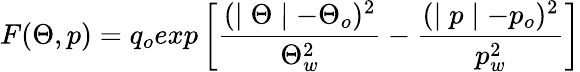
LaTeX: F(\Theta,p)=q_{o}exp\left[\frac{(\mid\Theta\mid-\Theta_{o})^{2}}{\Theta_{w}^{2}}-\frac{(\mid p\mid-p_{o})^{2}}{p_{w}^{2}}\right]